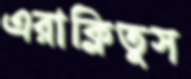
এরাক্লিতুস